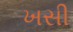
ખસી